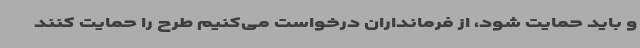
و باید حمایت شود، از فرمانداران درخواست می‌کنیم طرح را حمایت کنند